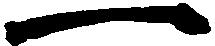
一